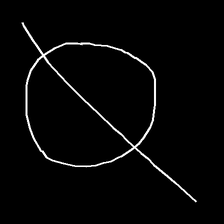
Glyph: orb